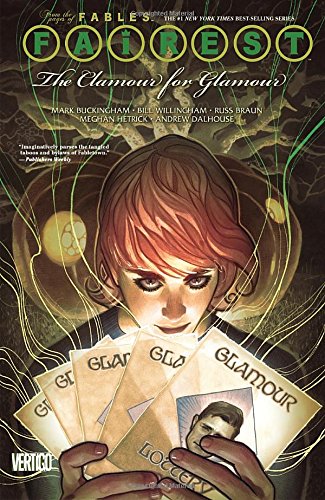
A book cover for Fairest Vol. 5: The Clamour for Glamour; Mark Buckingham; Comics & Graphic Novels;